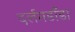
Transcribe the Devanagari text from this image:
दर्लमडाँडा